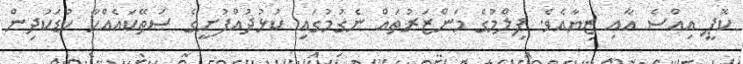
ކޮޕީ އިއްސެ އާއި ޒިޔާއެވެ. ފިލްމުގެ މަންޒަރުތައް ނެގުމުގައި ކުޅުދުއްފުށީގެ ސަތޭކައެއްހާ ކުޑަކުދިން